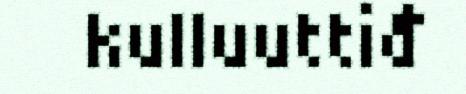
kulluuttiđ